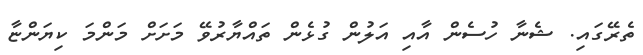
ތެރޭގައި. ޝެނާ ހުސެން އާއި އަލުން ގުޅެން ތައްޔާރުވޭ މަށަށް މަންމަ ކިޔަންޏާ